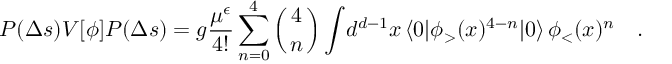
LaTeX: { P ( \Delta s ) V [ \phi ] P ( \Delta s ) } = { g } { \frac { \mu ^ { \epsilon } } { 4 ! } } \sum _ { n = 0 } ^ { 4 } \left( { 4 \atop n } \right) \int \! d ^ { d - 1 } x \, \langle 0 | \phi _ { > } ( x ) ^ { 4 - n } | 0 \rangle \, \phi _ { < } ( x ) ^ { n } \quad .